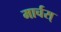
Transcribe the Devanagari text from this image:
मार्चस्